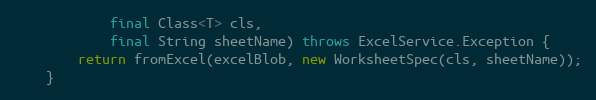
Language: Java
            final Class<T> cls,
            final String sheetName) throws ExcelService.Exception {
        return fromExcel(excelBlob, new WorksheetSpec(cls, sheetName));
    }